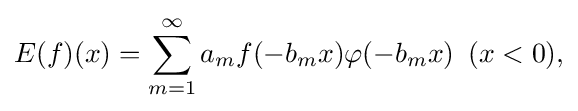
\displaystyle {E(f)(x)=\sum _{m=1}^{\infty }a_{m}f(-b_{m}x)\varphi (-b_{m}x)\,\,\,(x<0),}